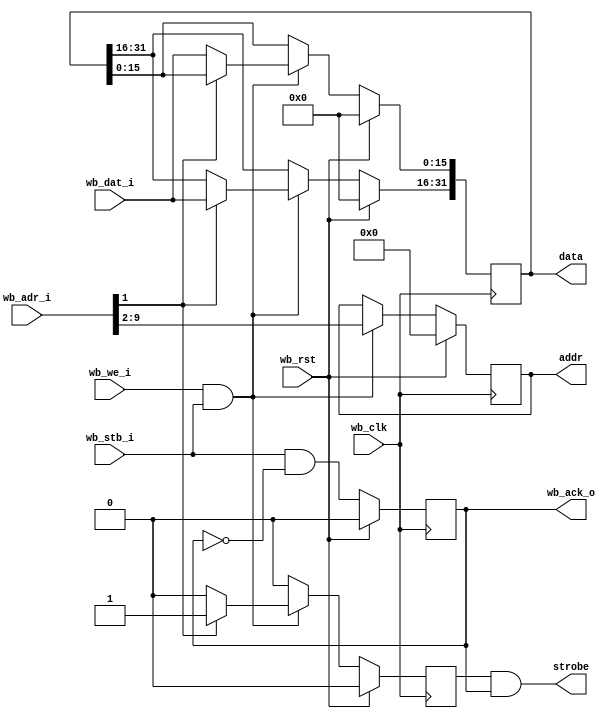
//
// Copyright 2011 Ettus Research LLC
//
// This program is free software: you can redistribute it and/or modify
// it under the terms of the GNU General Public License as published by
// the Free Software Foundation, either version 3 of the License, or
// (at your option) any later version.
//
// This program is distributed in the hope that it will be useful,
// but WITHOUT ANY WARRANTY; without even the implied warranty of
// MERCHANTABILITY or FITNESS FOR A PARTICULAR PURPOSE.  See the
// GNU General Public License for more details.
//
// You should have received a copy of the GNU General Public License
// along with this program.  If not, see <http://www.gnu.org/licenses/>.
//


// Grab settings off the wishbone bus, send them out to settings bus
// 16 bits little endian, but all registers need to be written 32 bits at a time.
// This means that you write the low 16 bits first and then the high 16 bits.
// The setting regs are strobed when the high 16 bits are written

module settings_bus_16LE
  #(parameter AWIDTH=16, RWIDTH=8)
    (input wb_clk, 
     input wb_rst, 
     input [AWIDTH-1:0] wb_adr_i,
     input [15:0] wb_dat_i,
     input wb_stb_i,
     input wb_we_i,
     output reg wb_ack_o,
     output strobe,
     output reg [7:0] addr,
     output reg [31:0] data);

   reg 		       stb_int;
   
   always @(posedge wb_clk)
     if(wb_rst)
       begin
	  stb_int <= 1'b0;
	  addr <= 8'd0;
	  data <= 32'd0;
       end
     else if(wb_we_i & wb_stb_i)
       begin
	  addr <= wb_adr_i[RWIDTH+1:2];  // Zero pad high bits
	  if(wb_adr_i[1])
	    begin
	       stb_int <= 1'b1;     // We now have both halves
	       data[31:16] <= wb_dat_i;
	    end
	  else
	    begin
	       stb_int <= 1'b0;     // Don't strobe, we need other half
	       data[15:0] <= wb_dat_i;
	    end
       end
     else
       stb_int <= 1'b0;

   always @(posedge wb_clk)
     if(wb_rst)
       wb_ack_o <= 0;
     else
       wb_ack_o <= wb_stb_i & ~wb_ack_o;

   assign strobe = stb_int & wb_ack_o;
          
endmodule // settings_bus_16LE